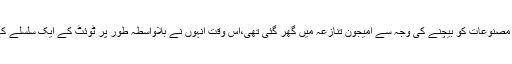
جب ہندوستانی ترنگے کی تصویر والے لیبل کے ساتھ کئی مصنوعات کو بیچنے کی وجہ سے امیجون تنازعہ میں گھر گئی تھی،اس وقت انہوں نے بلاواسطہ طور پر ٹوئٹ کے ایک سلسلے کے ذریعے آن لائن ای کامرس مہارتھی کووارننگ دی تھی۔